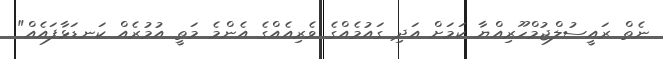
ނެތް ރައީސުލްޖުމްހޫރިއްޔާ ކަމަށް އަދި ގައުމެއްގެ ވެރިއެއްގެ އެންމެ މަތީ އުމުރެއް ކަނޑަޅާފައެއް"